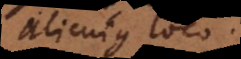
alicujus loco.